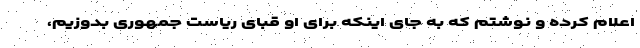
اعلام کرده و نوشتم که به جای اینکه برای او قبای ریاست جمهوری بدوزیم،